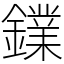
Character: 𨭥